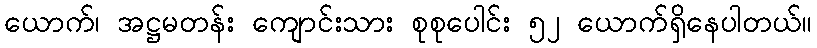
ယောက်၊ အဋ္ဌမတန်း ကျောင်းသား စုစုပေါင်း ၅၂ ယောက်ရှိနေပါတယ်။